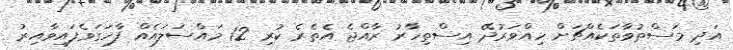
އަދި މަސްތުވާތަކެއްޗަށް ހިއްވަރުދޭ އިސްތިހާރު ރާއްޖެ އެތެރެ ކުރި 12 މައްސަލައެއް ފާހަގަވެފައިވާއިރު